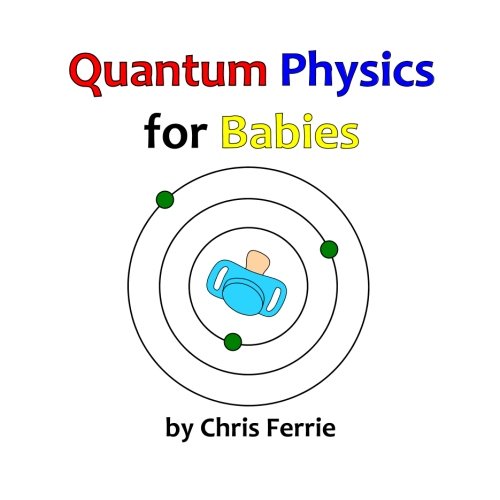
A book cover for Quantum Physics for Babies (Volume 1); Chris Ferrie; Children's Books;